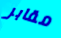
مقابر